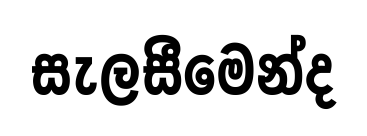
සැලසීමෙන්ද